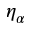
\eta _ { \alpha }